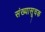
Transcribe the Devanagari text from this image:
संख्यासूचक